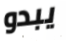
يبدو